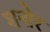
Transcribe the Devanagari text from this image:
शनोर